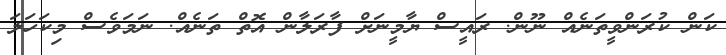
ކަން ކުރަންވީތަނެއް ނޫން. ރައީސް ޔާމީނަށް ފާރަލާން އޮތް ތަނެއް. ނަމަވެސް މިކަހަލަ